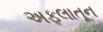
અફલાતૂન